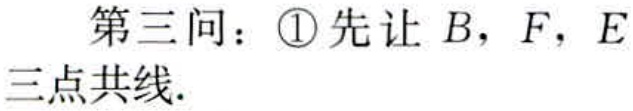
第三问：\textcircled{1}先让\(B\)，\(F\)，\(E\)三点共线.